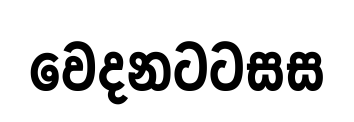
වෙදනටටසස